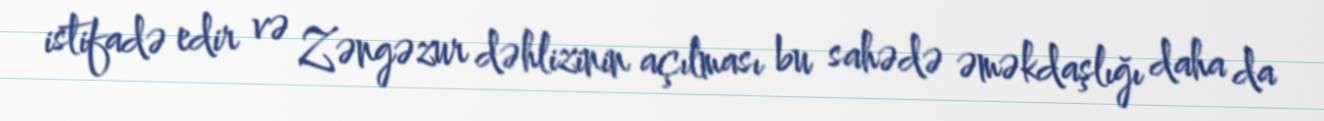
istifadə edir və Zəngəzur dəhlizinin açılması bu sahədə əməkdaşlığı daha da